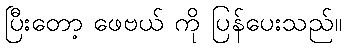
ပြီးတော့ ဖေဗယ် ကို ပြန်ပေးသည်။